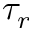
\tau _ { r }